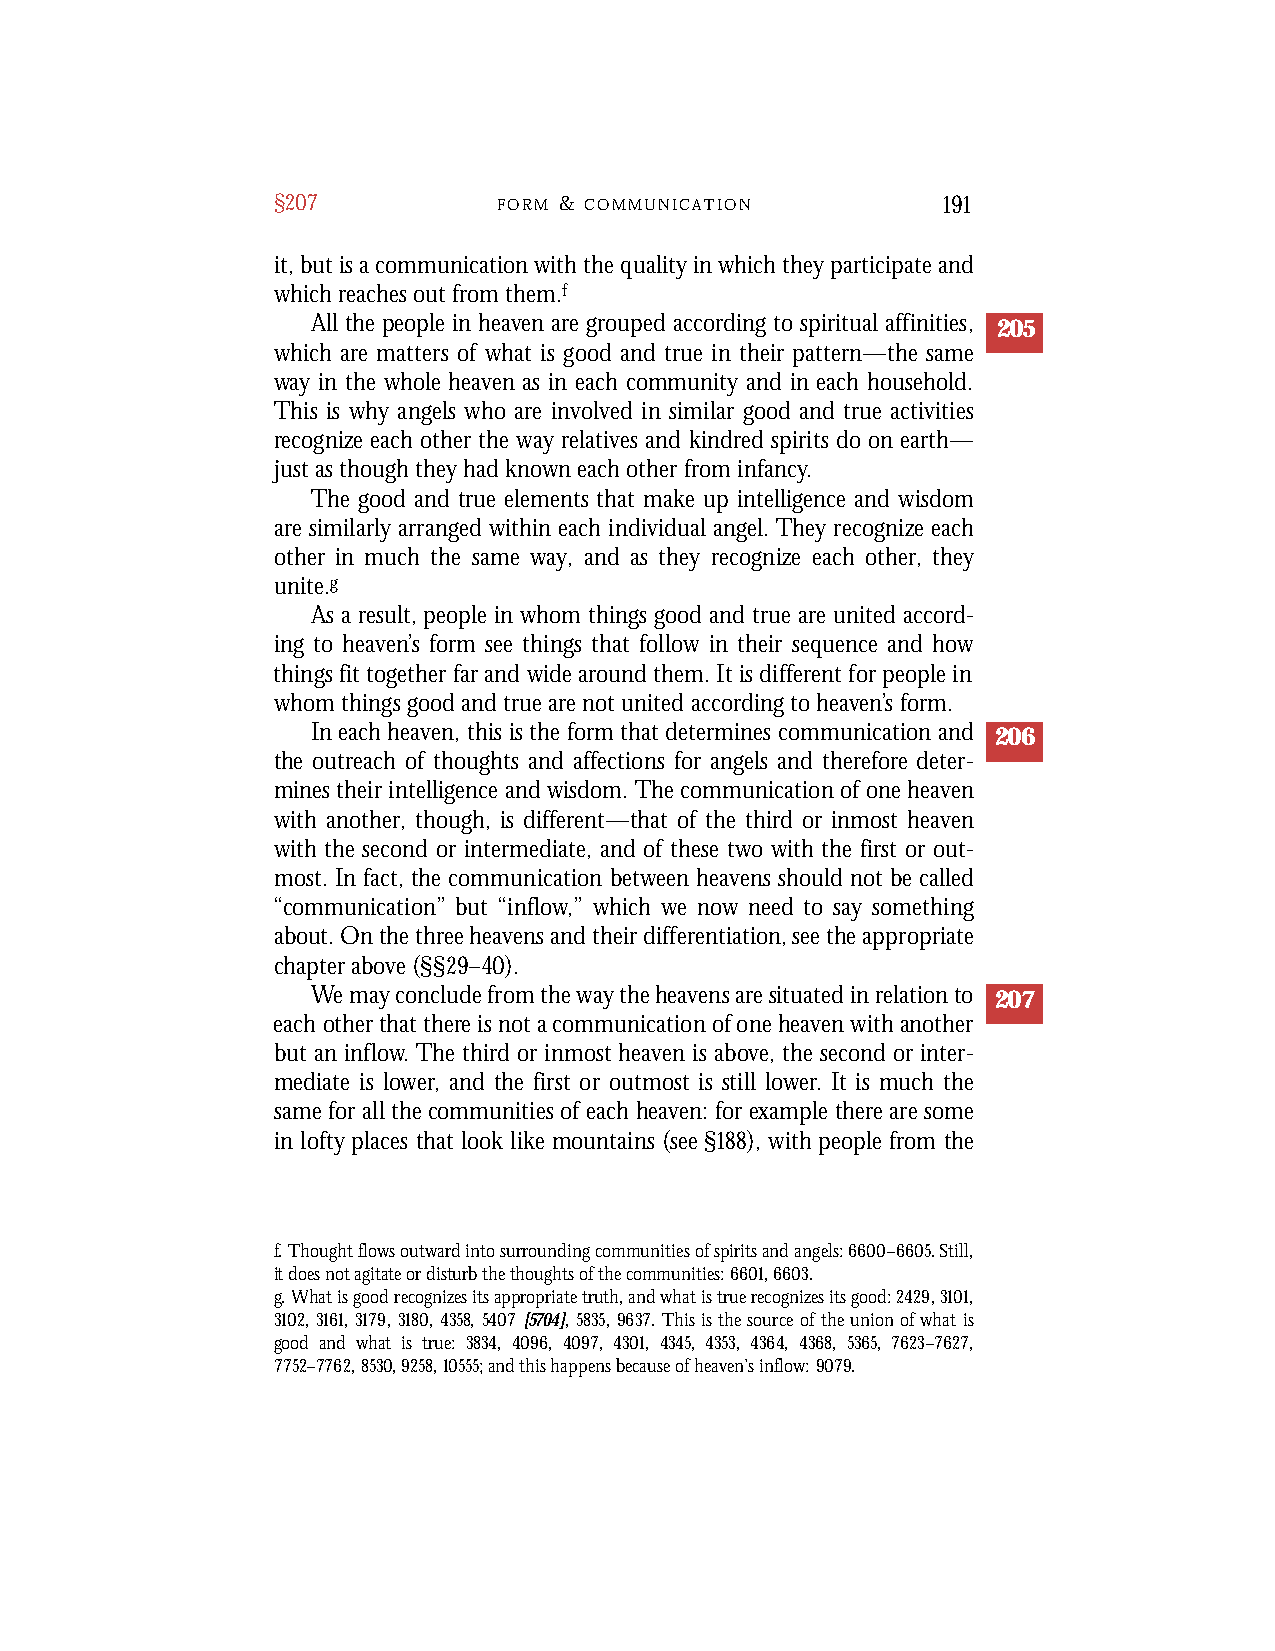
§207           F O R M & C O M M U N I C A T I O N 191
 it, but is a communication with the quality in which they participate and
 which reaches out from them.f
 All the people in heaven are grouped according to spiritual affinities, 205
 which are matters of what is good and true in their pattern—the same
 way in the whole heaven as in each community and in each household.
 This is why angels who are involved in similar good and true activities
 recognize each other the way relatives and kindred spirits do on earth—
 just as though they had known each other from infancy.
 The good and true elements that make up intelligence and wisdom
 are similarly arranged within each individual angel. They recognize each
 other in much the same way, and as they recognize each other, they
 unite.g
 As a result, people in whom things good and true are united accord-
 ing to heaven’s form see things that follow in their sequence and how
 things fit together far and wide around them. It is different for people in
 whom things good and true are not united according to heaven’s form.
 In each heaven, this is the form that determines communication and 206
 the outreach of thoughts and affections for angels and therefore deter-
 mines their intelligence and wisdom. The communication of one heaven
 with another, though, is different—that of the third or inmost heaven
 with the second or intermediate, and of these two with the first or out-
 most. In fact, the communication between heavens should not be called
 “communication” but “inflow,” which we now need to say something
 about. On the three heavens and their differentiation, see the appropriate
 chapter above (§§29–40).
 We mayconcludefromthewaytheheavensaresituatedinrelationto 207
 eachotherthatthereisnotacommunicationofoneheavenwithanother
 but an inflow.The third or inmost heaven is above, the second or inter-
 mediate is lower, and the first or outmost is still lower. It is much the
 samefor allthecommunitiesof each heaven:forexample therearesome
 in lofty places that look like mountains (see §188), with people from the
 f. Thought flows outward into surrounding communities of spirits and angels: 6600–6605. Still,
 it does not agitate or disturb the thoughts of the communities: 6601, 6603.
 g. What is good recognizes its appropriate truth, and what is true recognizes its good: 2429,3101,
 3102,3161,3179,3180,4358, 5407 [5704],5835,9637. This is the source of the union of what is
 good and what is true: 3834, 4096, 4097, 4301, 4345, 4353, 4364, 4368, 5365, 7623–7627,
 7752–7762, 8530, 9258, 10555; and this happens because of heaven’s inflow: 9079.